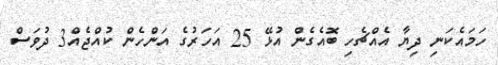
ހަމައެކަނި ދިޔާ އެއްޗެހި ބޮއެގެން އުޅޭ 25 އަހަރުގެ އަންހެން ކުއްޖެއް3 ދުވަސް